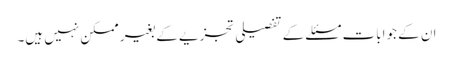
ان کے جوابات مسئلے کے تفصیلی تجزیے کے بغیر ممکن نہیں ہیں۔